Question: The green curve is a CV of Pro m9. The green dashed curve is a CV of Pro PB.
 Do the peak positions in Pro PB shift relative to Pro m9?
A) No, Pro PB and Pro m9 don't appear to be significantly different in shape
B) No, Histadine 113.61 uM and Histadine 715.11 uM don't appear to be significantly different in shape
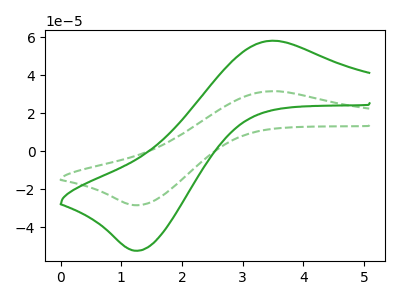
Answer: <think>The green curve "Pro m9" has an anodic peak at (3.50V, 58.05uA) and a cathodic peak at (1.30V, -52.35uA). The green dashed curve "Pro PB" has an anodic peak at (3.50V, 31.55uA) and a cathodic peak at (1.30V, -28.45uA).
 All the peaks in "Pro PB" have a peak in "Pro m9" at the same potential. Every peak in "Pro PB" is lower than every peak in "Pro m9".</think>
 <answer>A) No, "Pro PB" and "Pro m9" don't appear to be significantly different in shape</answer>
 <eval>A</eval>